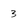
Character: 3